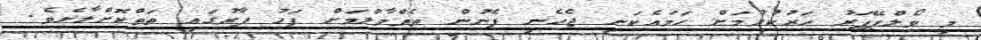
މި ވޯލްޕޭޕަރު ހަރުކުރުމަށް ހަމައެކަނި ޖެހެނީ ފެނުން ތެތްމާލުމަށް ފަހު ފާރުގައި ތަތްކޮށްލާށެވެ.